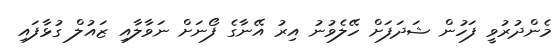
މެންދުރުވީ ފަހުން ޝަދަފަށް ހޭލެވުނު އިރު އޭނާގެ ފޯނަށް ނަވާލާއި ޒައުލް ގުޅާފައި